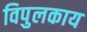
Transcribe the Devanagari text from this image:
विपुलकाय